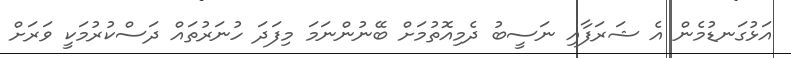
އަޅުގަނޑުމެން އެ ޝަރަފާއި ނަސީބު ދެމިއޮތުމަށް ބޭނުންނަމަ މިފަދަ ހުނަރުތައް ދަސްކުރުމަކީ ވަރަށް